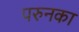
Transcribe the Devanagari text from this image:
परुनका